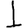
Digit: 1